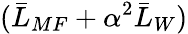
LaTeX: (\bar{L}_{MF}+\alpha^{2}\bar{L}_{W})